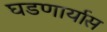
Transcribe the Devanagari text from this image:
घडणार्यास